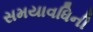
સમયાવધિની